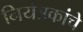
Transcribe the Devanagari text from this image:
नियंत्रकांचे